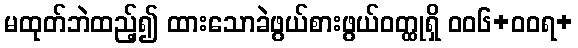
မထုတ်ဘဲထည့်၍ ထားသောခဲဖွယ်စားဖွယ်ဝတ္ထုရှိ ဝဝ၆+ဝဝရ+